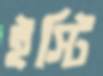
ইস্টি